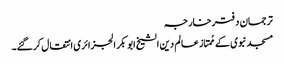
ترجمان دفترخارجہ
مسجد نبوی کے مُمتاز عالم دین الشیخ ابو بکر الجزائری انتقال کرگئے۔